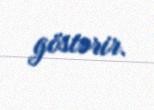
göstərir.